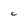
Character: c